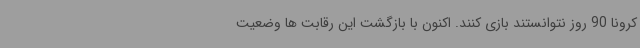
کرونا 90 روز نتوانستند بازی کنند. اکنون با بازگشت این رقابت ها وضعیت